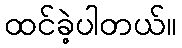
ထင်ခဲ့ပါတယ်။